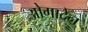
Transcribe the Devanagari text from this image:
ओगादेन